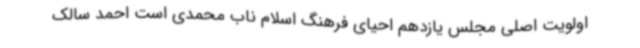
اولویت اصلی مجلس یازدهم احیای فرهنگ اسلام ناب محمدی است احمد سالک